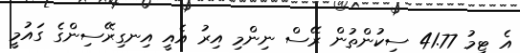
އެ ޓީމު 41.77 ސިކުންތުން ރޭސް ނިންމި އިރު އެއީ އިނގިރޭސިންގެ ގައުމީ